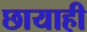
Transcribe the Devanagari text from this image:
छायाही